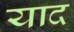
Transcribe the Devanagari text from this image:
याद